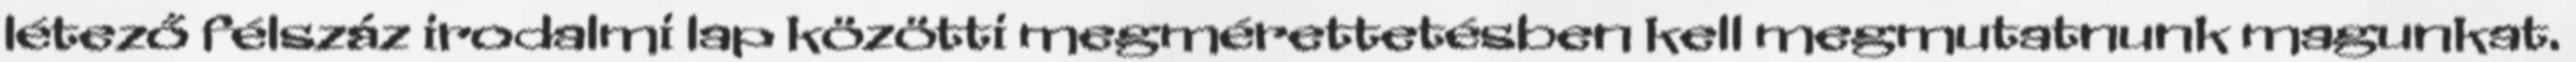
létező félszáz irodalmi lap közötti megmérettetésben kell megmutatnunk magunkat.